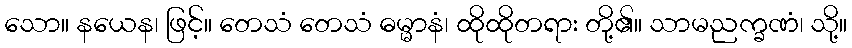
သော။ နယေန၊ ဖြင့်။ တေသံ တေသံ ဓမ္မာနံ၊ ထိုထိုတရား တို့၏။ သာမညက္ခဏံ၊ သို့။